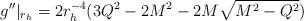
LaTeX: \begin{align*}g''|_{r_h}=2r^{-4}_h(3Q^2-2M^2-2M \sqrt{M^2-Q^2})\end{align*}